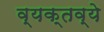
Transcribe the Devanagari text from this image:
व्यक्तव्ये